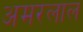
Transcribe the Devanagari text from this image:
अमरलाल